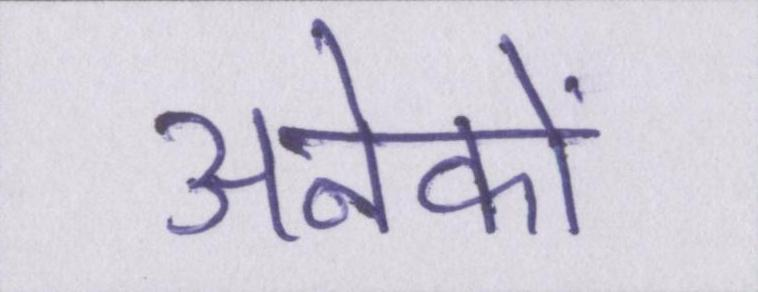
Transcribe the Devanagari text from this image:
अनेकों